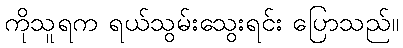
ကိုသူရက ရယ်သွမ်းသွေးရင်း ပြောသည်။